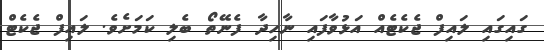
ގައިގައި ލައިފް ޖެކެޓެއް އަޅުވާފައި ނާހިދާ ފެނޭތޯ ބެލި ކަމަށެވެ. ލައިފް ޖެކެޓް